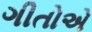
ગીતોએ